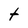
Character: t